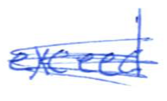
Text: exceed
Cross-out: scratch
Writing tool: ballpoint